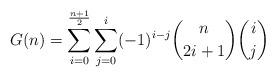
LaTeX: \begin{align*}G(n)=\sum \limits_{i=0}^{\frac{n+1}{2}}\sum \limits_{j=0}^{i}(-1)^{i-j}\binom{n}{2i+1} \binom{i}{j}\end{align*}